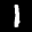
Label: 1